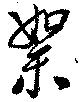
絮